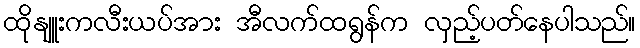
ထိုနျူးကလီးယပ်အား အီလက်ထရွန်က လှည့်ပတ်နေပါသည်။